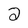
Character: 2